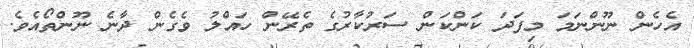
އެހެން ނޫންނަމަ މިފަދަ ކަންކަން ސަރުކާރުގެ ތެރޭން ހައްލު ވެގެން ދާނެ ނޫންތޯއެވެ.